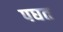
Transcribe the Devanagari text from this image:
पघत